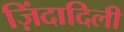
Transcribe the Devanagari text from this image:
ज़िंदादिली